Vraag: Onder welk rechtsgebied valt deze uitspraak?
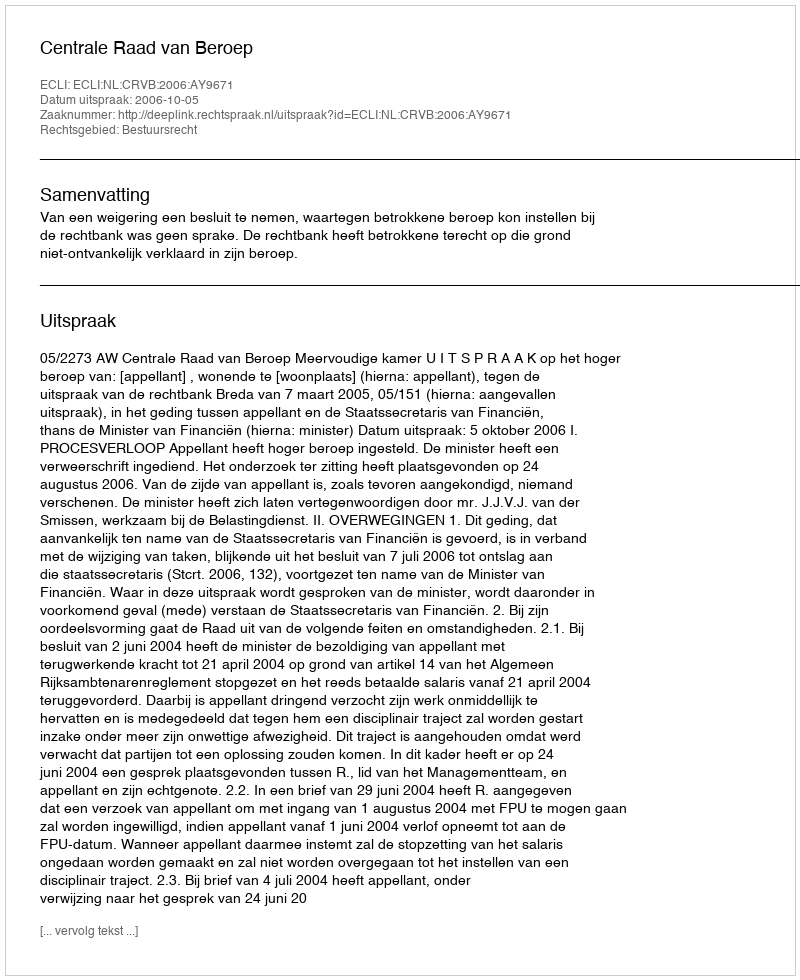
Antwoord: Bestuursrecht